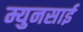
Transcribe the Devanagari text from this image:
म्युनसाई